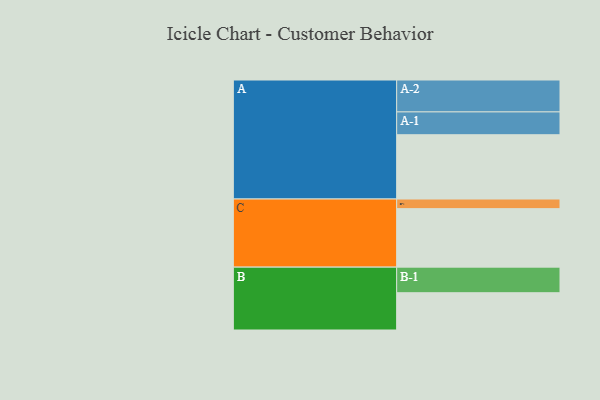
{"axis": {"x": "Segment", "y": "Value"}, "legend": ["", "A", "B", "C"], "data": [{"x": "A", "y": 600, "type": ""}, {"x": "B", "y": 348, "type": ""}, {"x": "C", "y": 546, "type": ""}, {"x": "A-1", "y": 213, "type": "A"}, {"x": "A-2", "y": 298, "type": "A"}, {"x": "B-1", "y": 239, "type": "B"}, {"x": "C-1", "y": 90, "type": "C"}]}